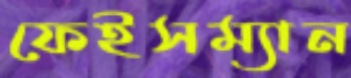
ফেইসম্যান